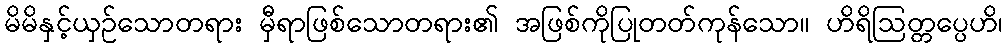
မိမိနှင့်ယှဉ်သောတရား မှီရာဖြစ်သောတရား၏ အဖြစ်ကိုပြုတတ်ကုန်သော။ ဟိရိဩတ္တပ္ပေဟိ၊